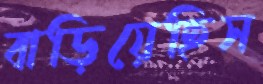
বাড়িয়েছিস